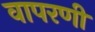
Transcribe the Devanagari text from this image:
वापरणी